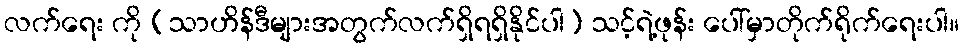
လက်ရေး ကို (သာဟိန်ဒီများအတွက်လက်ရှိရရှိနိုင်ပါ) သင့်ရဲ့ဖုန်း ပေါ်မှာတိုက်ရိုက်ရေးပါ။